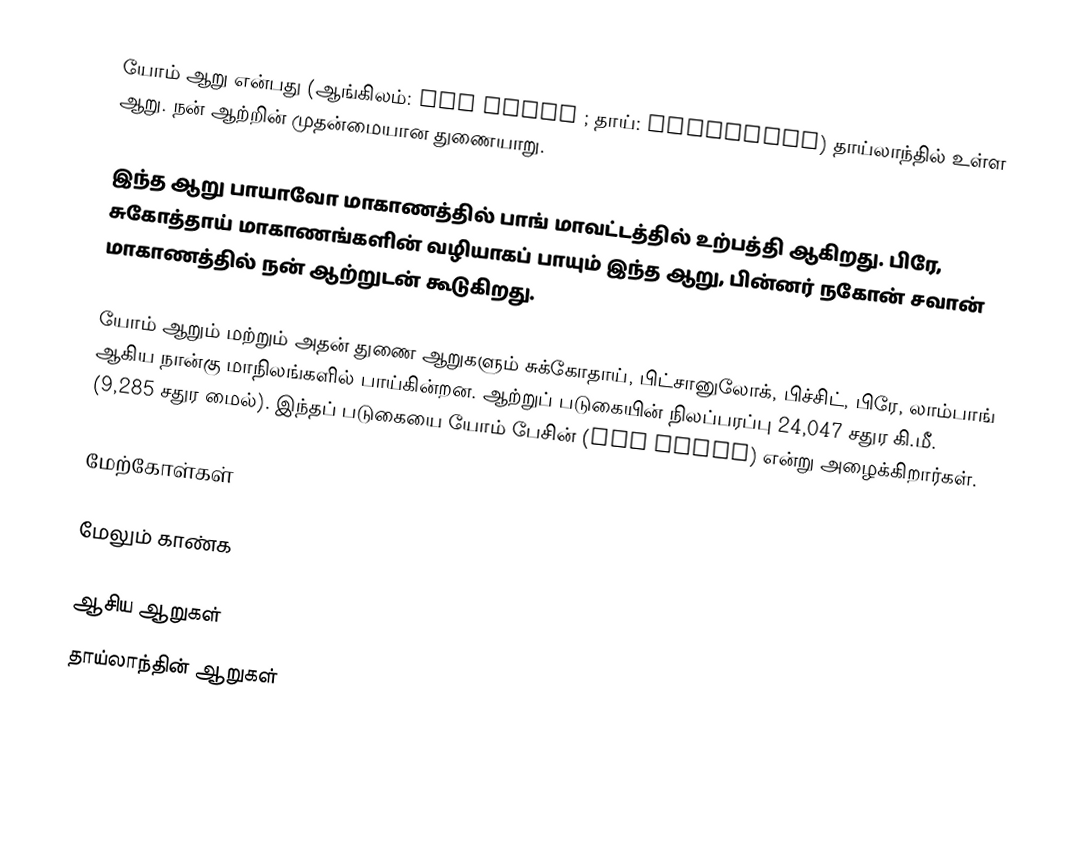
யோம் ஆறு என்பது (ஆங்கிலம்: Yom River ; தாய்: แม่น้ำยม) தாய்லாந்தில் உள்ள ஆறு. நன் ஆற்றின் முதன்மையான துணையாறு.

இந்த ஆறு பாயாவோ மாகாணத்தில் பாங் மாவட்டத்தில் உற்பத்தி ஆகிறது. பிரே, சுகோத்தாய் மாகாணங்களின் வழியாகப் பாயும் இந்த ஆறு, பின்னர் நகோன் சவான் மாகாணத்தில் நன் ஆற்றுடன் கூடுகிறது.

யோம் ஆறும் மற்றும் அதன் துணை ஆறுகளும் சுக்கோதாய், பிட்சானுலோக், பிச்சிட், பிரே, லாம்பாங் ஆகிய நான்கு மாநிலங்களில் பாய்கின்றன. ஆற்றுப் படுகையின் நிலப்பரப்பு 24,047 சதுர கி.மீ. (9,285 சதுர மைல்). இந்தப் படுகையை யோம் பேசின் (Yom Basin) என்று அழைக்கிறார்கள்.

மேற்கோள்கள்

மேலும் காண்க

ஆசிய ஆறுகள்
தாய்லாந்தின் ஆறுகள்